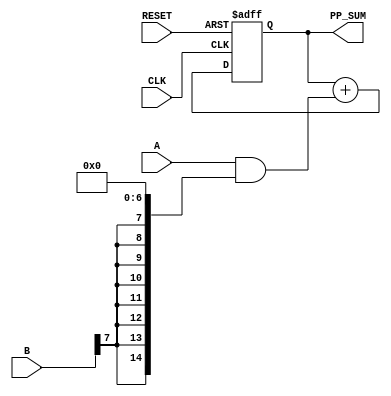
module PartialProductAccumulator #(
    parameter A_WIDTH = 8,  // Width of first multiplicand
    parameter B_WIDTH = 8   // Width of second multiplicand
)(
    input  [A_WIDTH-1:0] A,          // First multiplicand
    input  [B_WIDTH-1:0] B,          // Second multiplicand
    input  CLK,                      // Clock signal
    input  RESET,                    // Active-high reset signal
    output reg [A_WIDTH + B_WIDTH - 1:0] PP_SUM // Accumulated sum of partial products
);

    // Internal signals for partial products
    reg [A_WIDTH + B_WIDTH - 1:0] partial_products [0:B_WIDTH-1];

    integer i;

    always @(*) begin
        // Generate partial products
        for (i = 0; i < B_WIDTH; i = i + 1) begin
            partial_products[i] = A & {A_WIDTH{B[i]}} << i; // AND and shift
        end
    end

    always @(posedge CLK or posedge RESET) begin
        if (RESET) begin
            PP_SUM <= 0; // Reset the accumulator
        end else begin
            PP_SUM <= 0; // Initialize sum
            for (i = 0; i < B_WIDTH; i = i + 1) begin
                PP_SUM <= PP_SUM + partial_products[i]; // Accumulate partial products
            end
        end
    end

endmodule